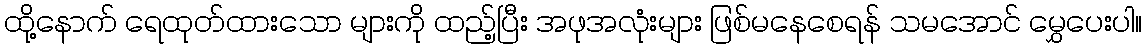
ထို့နောက် ရေထုတ်ထားသော များကို ထည့်ပြီး အဖုအလုံးများ ဖြစ်မနေစေရန် သမအောင် မွှေပေးပါ။